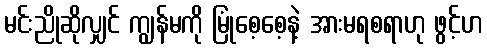
မင်းညိုဆိုလျှင် ကျွန်မကို မြုံစေ့စေ့နဲ့ အားမရစရာဟု ဖွင့်ဟ